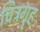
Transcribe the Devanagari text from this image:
चित्रगॄह